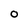
Character: O